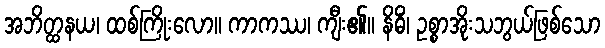
အဘိတ္ထနယ၊ ထစ်ကြိုးလော။ ကာကဿ၊ ကျီး၏။ နိဓိံ၊ ဥစ္စာအိုးသဘွယ်ဖြစ်သော